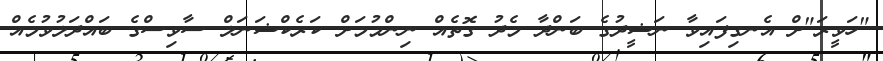
"ހަވީރަ"ށް އެނގިފައިވާ ނަޝީދުގެ ބަންދާ މެދު ގޮތެއް ނިންމުމަށް ކަރެކްޝަނަލް ސާވިސްގެ ބައްދަލުވުމެއް